Annual report of the Bengal Veterinary College and of the Civil Veterinary Department, Bengal, for the year 1919-20 - 1919-1920
Year: 1919
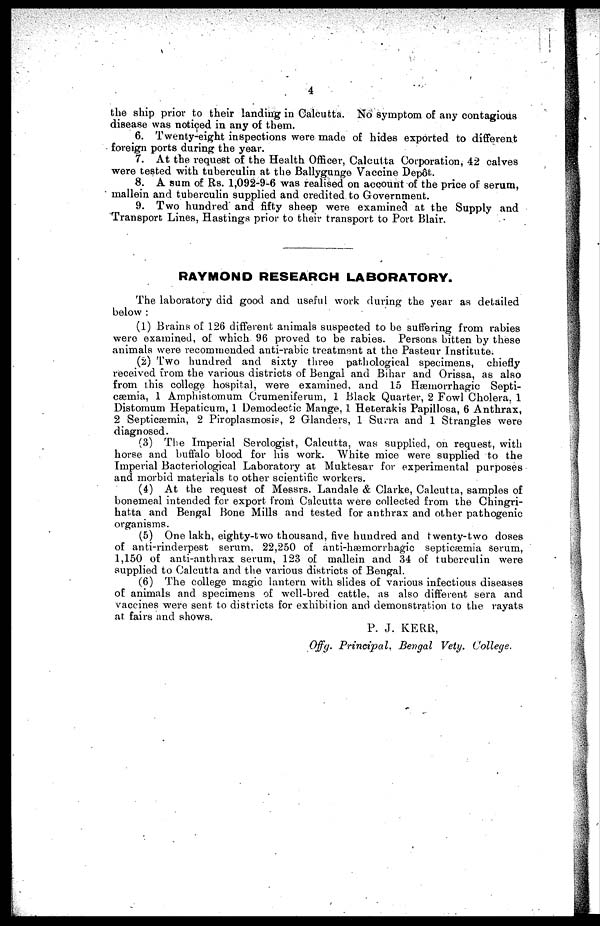
4
the ship prior to their landing in Calcutta. No symptom of any contagious
disease was noticed in any of them.
6. Twenty-eight inspections were made of hides exported to different
foreign ports during the year.
7. At the request of the Health Officer, Calcutta Corporation, 42 calves
were tested with tuberculin at the Ballygunge Vaccine Depôt.
8. A sum of Rs. 1,092-9-6 was realised on account of the price of serum,
mallein and tuberculin supplied and credited to Government.
9. Two hundred and fifty sheep were examined at the Supply and
Transport Lines, Hastings prior to their transport to Port Blair.
RAYMOND RESEARCH LABORATORY.
The laboratory did good and useful work during the year as detailed
below:
(1) Brains of 126 different animals suspected to be suffering from rabies
were examined, of which 96 proved to be rabies. Persons bitten by these
animals were recommended anti-rabic treatment at the Pasteur Institute.
(2) Two hundred and sixty three pathological specimens, chiefly
received from the various districts of Bengal and Bihar and Orissa, as also
from this college hospital, were examined, and 15 Hæmorrhagic Septi-
cæmia, 1 Amphistomum Crumeniferum, 1 Black Quarter, 2 Fowl Cholera, 1
Distomum Hepaticum, 1 Demodectic Mange, 1 Heterakis Papillosa, 6 Anthrax,
2 Septicæmia, 2 Piroplasmosis, 2 Glanders, 1 Surra and 1 Strangles were
diagnosed.
(3) The Imperial Serologist, Calcutta, was supplied, on request, with
horse and buffalo blood for his work. White mice were supplied to the
Imperial Bacteriological Laboratory at Muktesar for experimental purposes
and morbid materials to other scientific workers.
(4) At the request of Messrs. Landale & Clarke, Calcutta, samples of
bonemeal intended for export from Calcutta were collected from the Chingri-
hatta and Bengal Bone Mills and tested for anthrax and other pathogenic
organisms.
(5) One lakh, eighty-two thousand, five hundred and twenty-two doses
of anti-rinderpest serum, 22,250 of anti-hæmorrhagic septicæmia serum,
1,150 of anti-anthrax serum, 123 of mallein and 34 of tuberculin were
supplied to Calcutta and the various districts of Bengal.
(6) The college magic lantern with slides of various infectious diseases
of animals and specimens of well-bred cattle, as also different sera and
vaccines were sent to districts for exhibition and demonstration to the rayats
at fairs and shows.
P. J. KERR,
Offg. Principal, Bengal Vety. College.